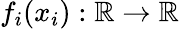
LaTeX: f_{i}(x_{i}):\mathbb{R}\to\mathbb{R}